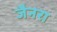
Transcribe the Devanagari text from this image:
जैनरा